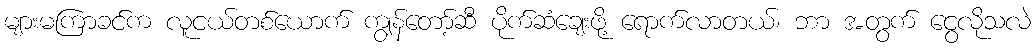
များမကြာခင်က လူငယ်တစ်ယောက် ကျွန်တော့်ဆီ ပိုက်ဆံချေးဖို့ ရောက်လာတယ်၊ ဘာ အတွက် ငွေလိုသလဲ